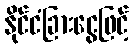
နိုင်ငံခြားငွေဖြင့်